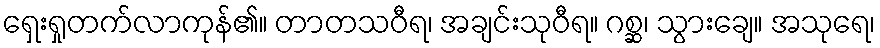
ရှေးရှုတက်လာကုန်၏။ တာတသဝီရ၊ အချင်းသုဝီရ။ ဂစ္ဆ၊ သွားချေ။ အသုရေ၊